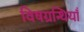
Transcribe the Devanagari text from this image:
विषग्रन्थियाँ